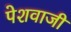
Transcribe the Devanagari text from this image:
पेशवाजी